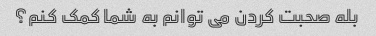
بله صحبت کردن می توانم به شما کمک کنم؟